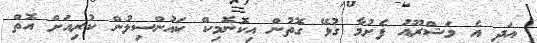
އަދި އެ މަޝްރޫއު ފެށުމާ ގުޅޭ ގޮތުން އިކޮނޮމިކް ކައުންސިލުން ކުރިއަށް އޮތް